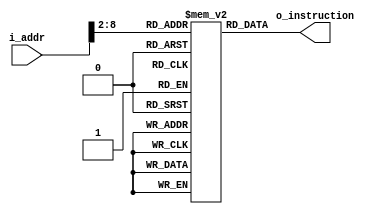
module instruction_memory(i_addr,
                          o_instruction);
                           
  input    [31:0] i_addr;      
  output   [31:0] o_instruction;
  
  parameter   MEM_WIDTH = 128;// Memory width
  
  reg [31:0]  instr_MEM [MEM_WIDTH - 1:0];
  
  assign o_instruction = instr_MEM[i_addr[31:2]];
    
endmodule